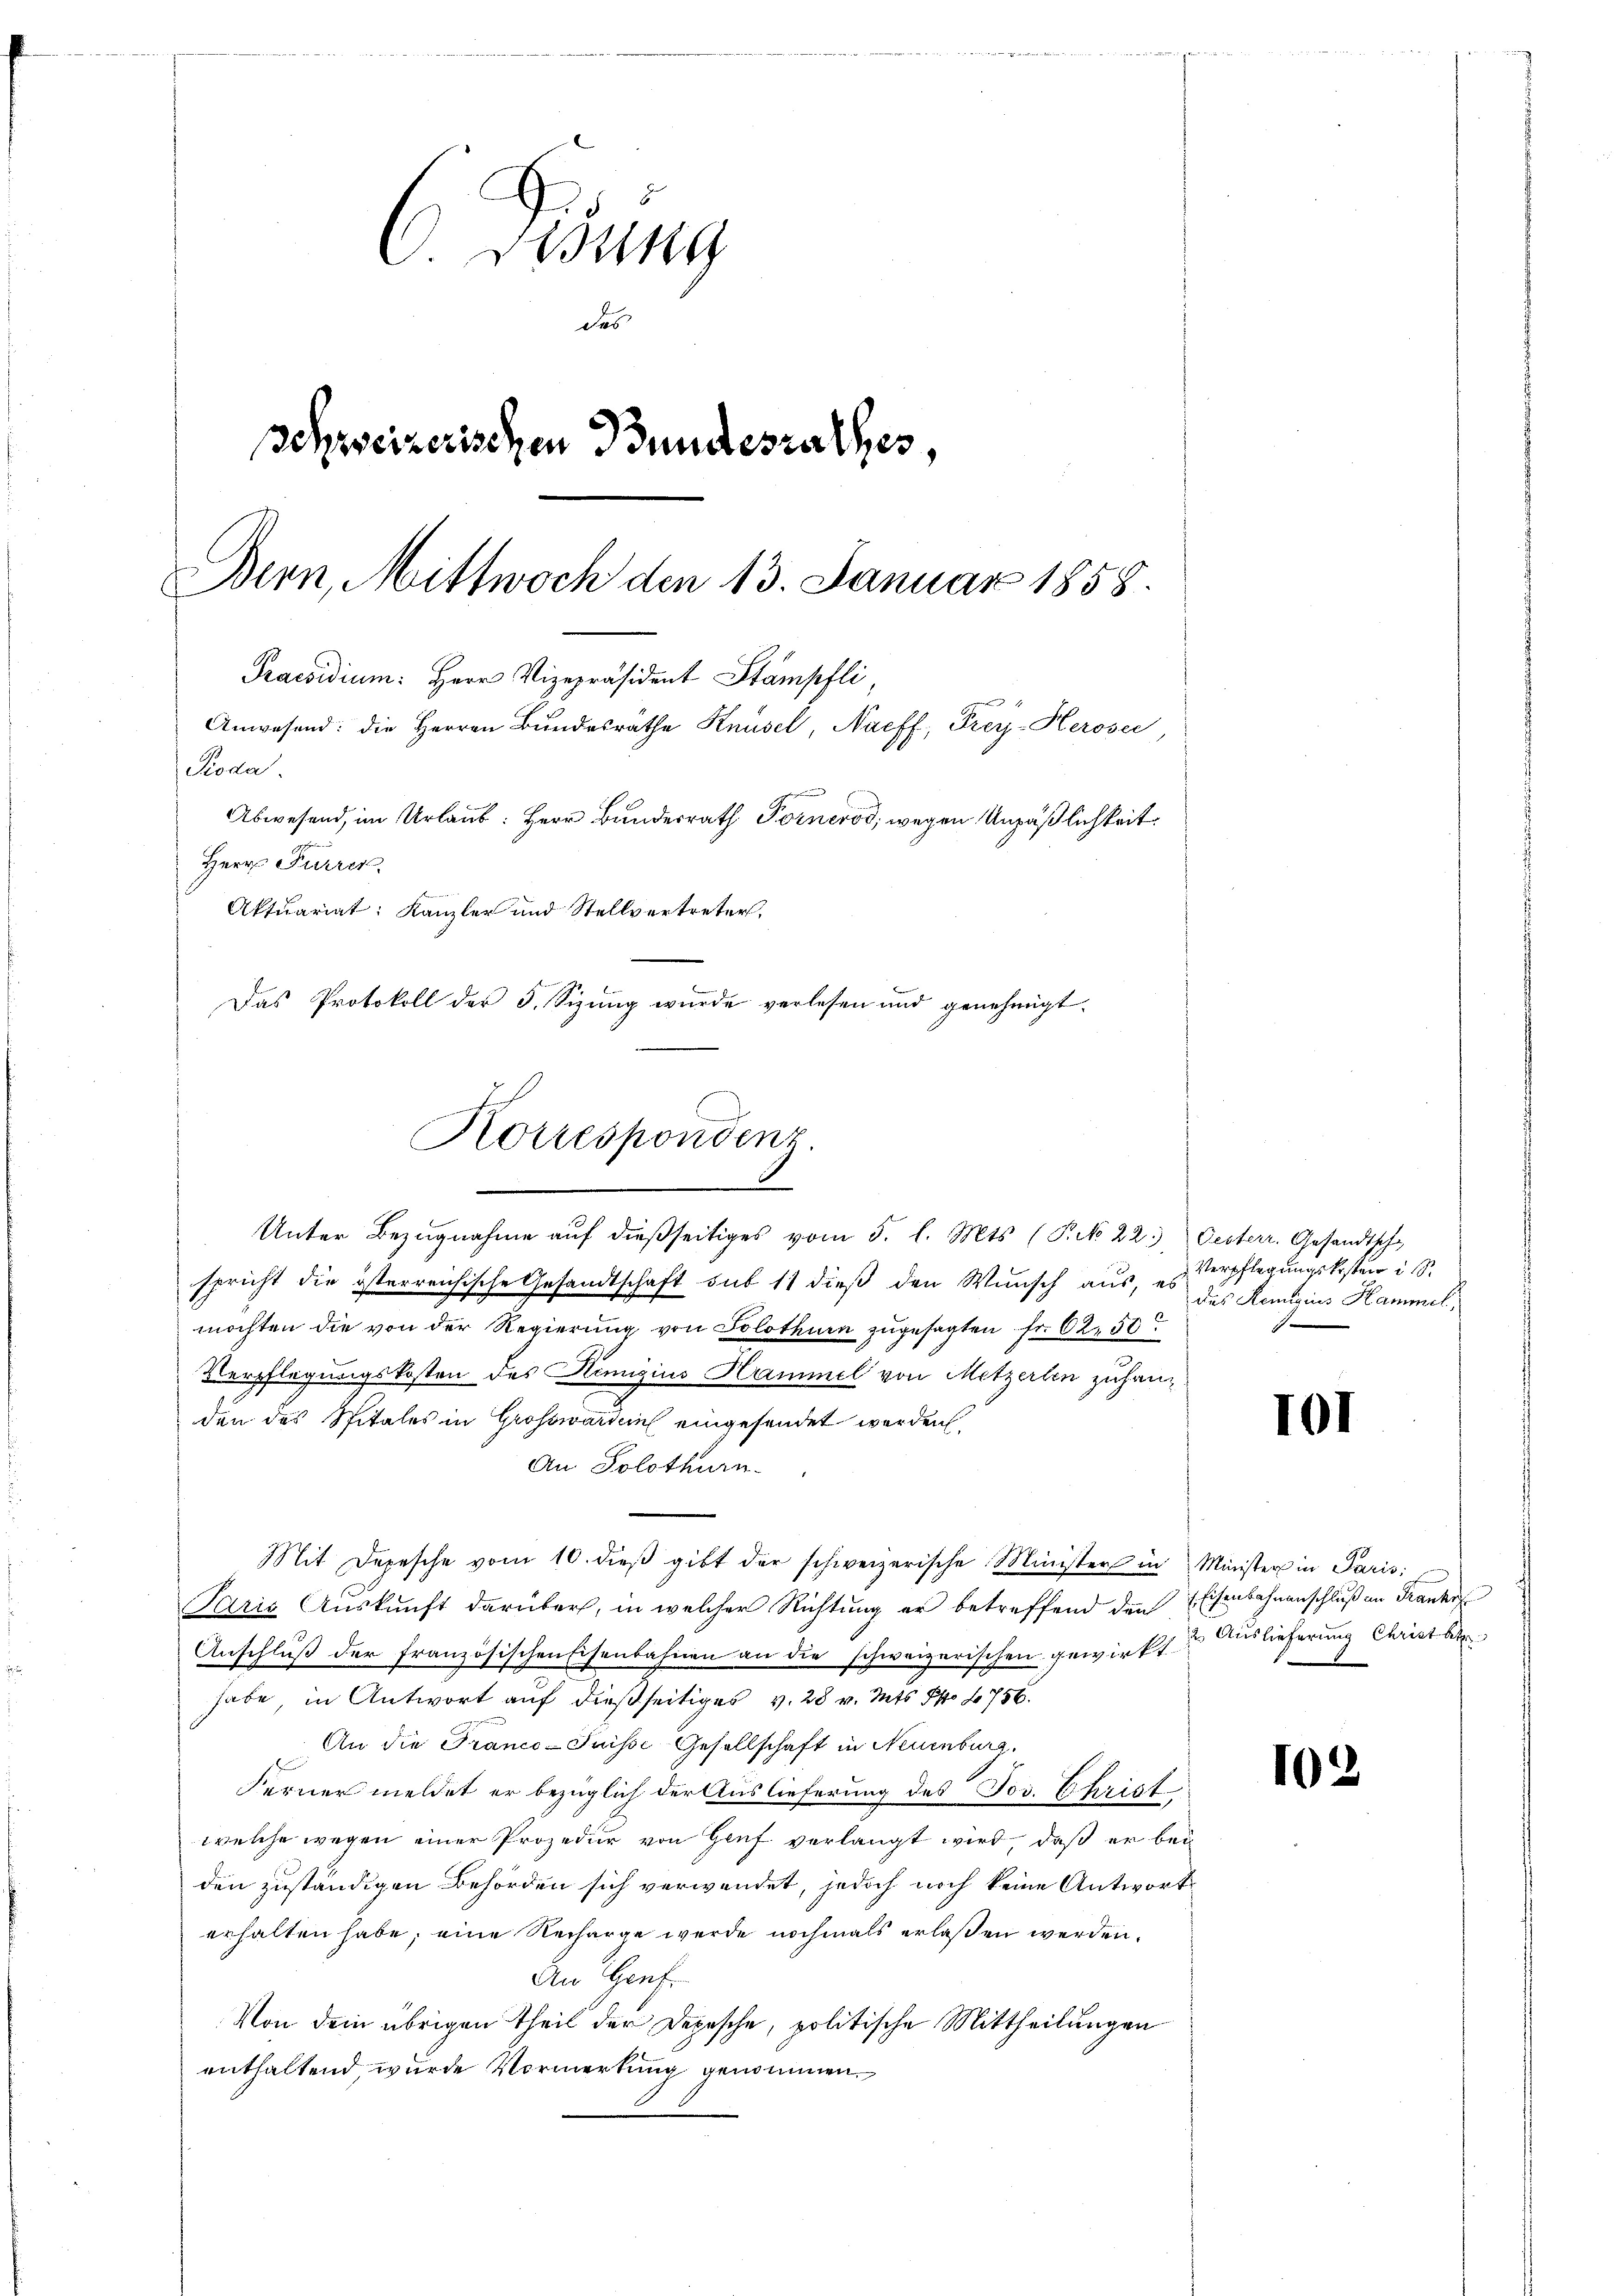
6 Dsung
de
Schweizerischen Bundesrathes,
Bern, Mittwoch den 13. Januar 1858.

Praesidium. Herr Vizepräsident Stämpfli,
Anwesend: die Herren Bundesräthe Knüsel, Naeff, Frey-Herosec
Pioda.
Abwesend, im Urlaub: Herr Bundesrath Forneros, wegen Unpäßlichkeit
Herrn Furrer
Aktuariat: Kanzler und Stellvertreter,
Das Protokoll der 5. Sizung wurde verlesen und genehmigt.

Korrespondenz.

Unter Bezugnahme auf dießseitiges vom 5. l. Mts. (T. No 22.
spricht die österreichische Gesandtschaft sub 11 dieß den Wunsch aus, es
möchten die von der Regierung von Solothurn zugesagten Fr. 62, 50
Verpflegungskosten des Hemigius Hammel von Metzerlen zuhanden des Spitales in Großwarden eingesendet werden,
An Solothurn
Mit Depesche vom 10. dieβ gibt der schweizerische Minister in Minister in Paris
Paris Auskunft darüber, in welcher Richtung er betreffend den Eisenbahnenschluß an Franke
Anschluß der französischen Eisenbahnen an die schweizerischen gewirkt u. Auslieferung Christ bin
habe, in Antwort auf dießseitiges v. 28 v. Mts. S. 1756.
An die Franco- Puisse Gesellschaft in Neuenburg,
Ferner meldet er bezüglich der Auslieferung des Jos. Christ
welche wegen einer Prozedur von Genf verlangt wird, daß er bei
den zuständigen Behörden sich verwendet, jedoch noch keine Antwort
erhalten habe; eine Recharge werde nochmals erlaßen werden.
An Genf
Von dem übrigen Theil der Depesche, politische Mittheilungen
enthaltend wurde Vormerkung genommen.

Oesterr. Gesandtscha
Verpflegungskosten is
das Remigius Hammel,
f

101

102